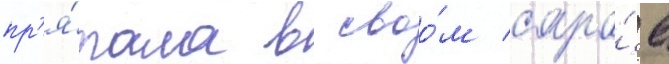
пр'я́тала в своо́м сара́е